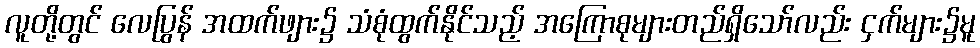
လူတို့တွင် လေပြွန် အထက်ဖျား၌ သံစုံထွက်နိုင်သည့် အကြောစုများတည်ရှိသော်လည်း ငှက်များ၌မူ